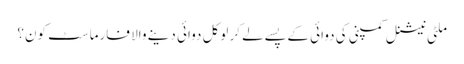
ملٹی نیشنل کمپنی کی دوائی کے پسے لے کر لوکل دوائی دینے والا فارماسٹ کون؟